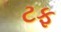
ટફ